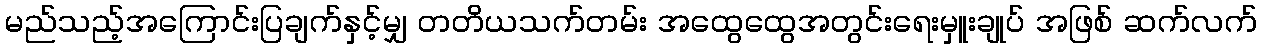
မည်သည့်အကြောင်းပြချက်နှင့်မျှ တတိယသက်တမ်း အထွေထွေအတွင်းရေးမှူးချုပ် အဖြစ် ဆက်လက်